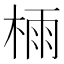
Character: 𣔯